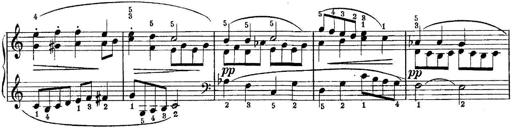
Title: Quatres sonatines
Composer: Tadeusz Joteyko